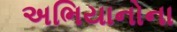
અભિયાનોના